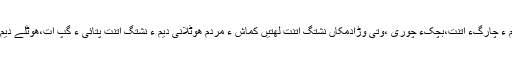
زالبولءُُ کسانیں زھگ وت گِندءِ دیم ءَ نِشتگ اِتنت کَشش ءُُ کم کم ءَ چارگءَ اِتنت،بَچکءُُ چوری ،وتی وڑادمکاں نِشتگ اِتنت لھتیں کماش ءُُ مردم ھُوٹلانی دیم ءَ نِشتگ اِتنت پَتّائی ءُُ گپ اَت،ھُوٹلے دیم ءَ ،دَگءِ لمبءَ پارگءُُ دَمکانی تہ ءَ ھرکس پہ دیم وتی وڑا اَت۔